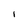
Character: I